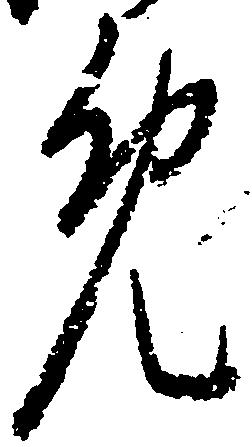
免